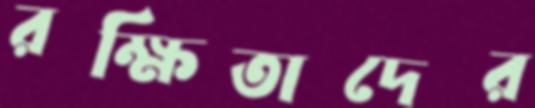
রক্ষিতাদের